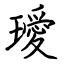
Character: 璦